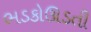
ભડકોઊડતી